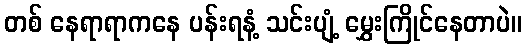
တစ် နေရာရာကနေ ပန်းရနံ့ သင်းပျံ့ မွှေးကြိုင်နေတာပဲ။